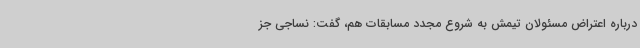
درباره اعتراض مسئولان تیمش به شروع مجدد مسابقات هم، گفت:‌ نساجی جز